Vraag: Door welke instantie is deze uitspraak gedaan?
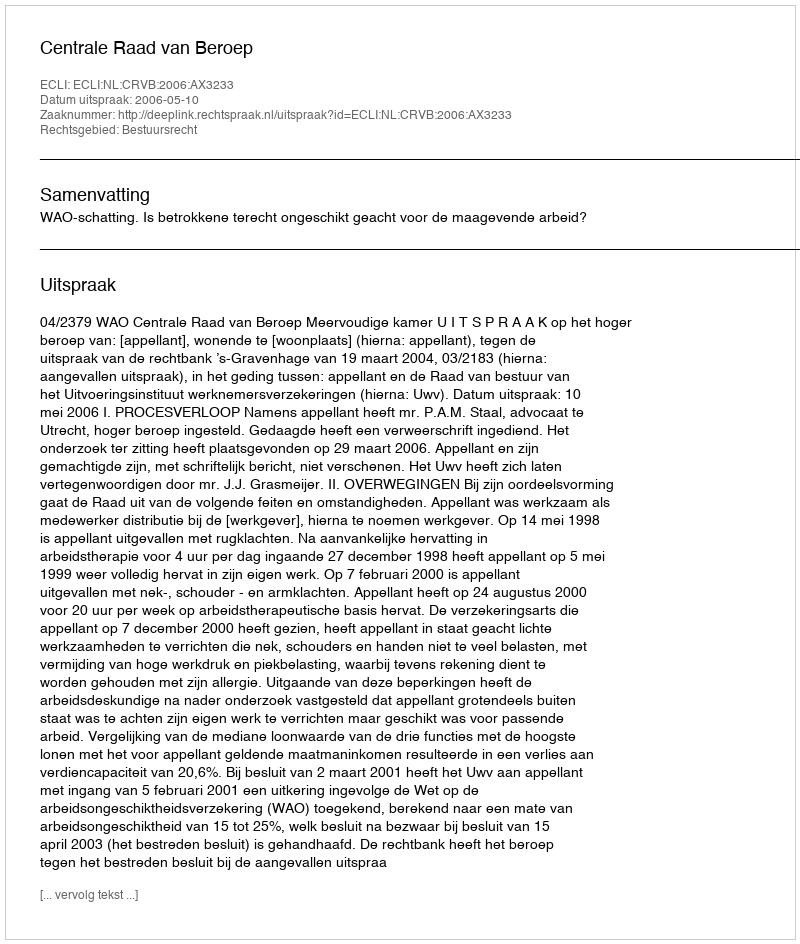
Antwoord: Centrale Raad van Beroep